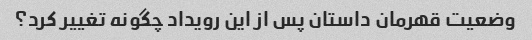
وضعیت قهرمان داستان پس از این رویداد چگونه تغییر کرد؟